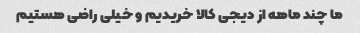
ما چند ماهه از دیجی کالا خریدیم و خیلی راضی هستیم